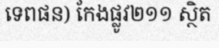
ទេពផន) កែងផ្លូវ២១១ ស្ថិត